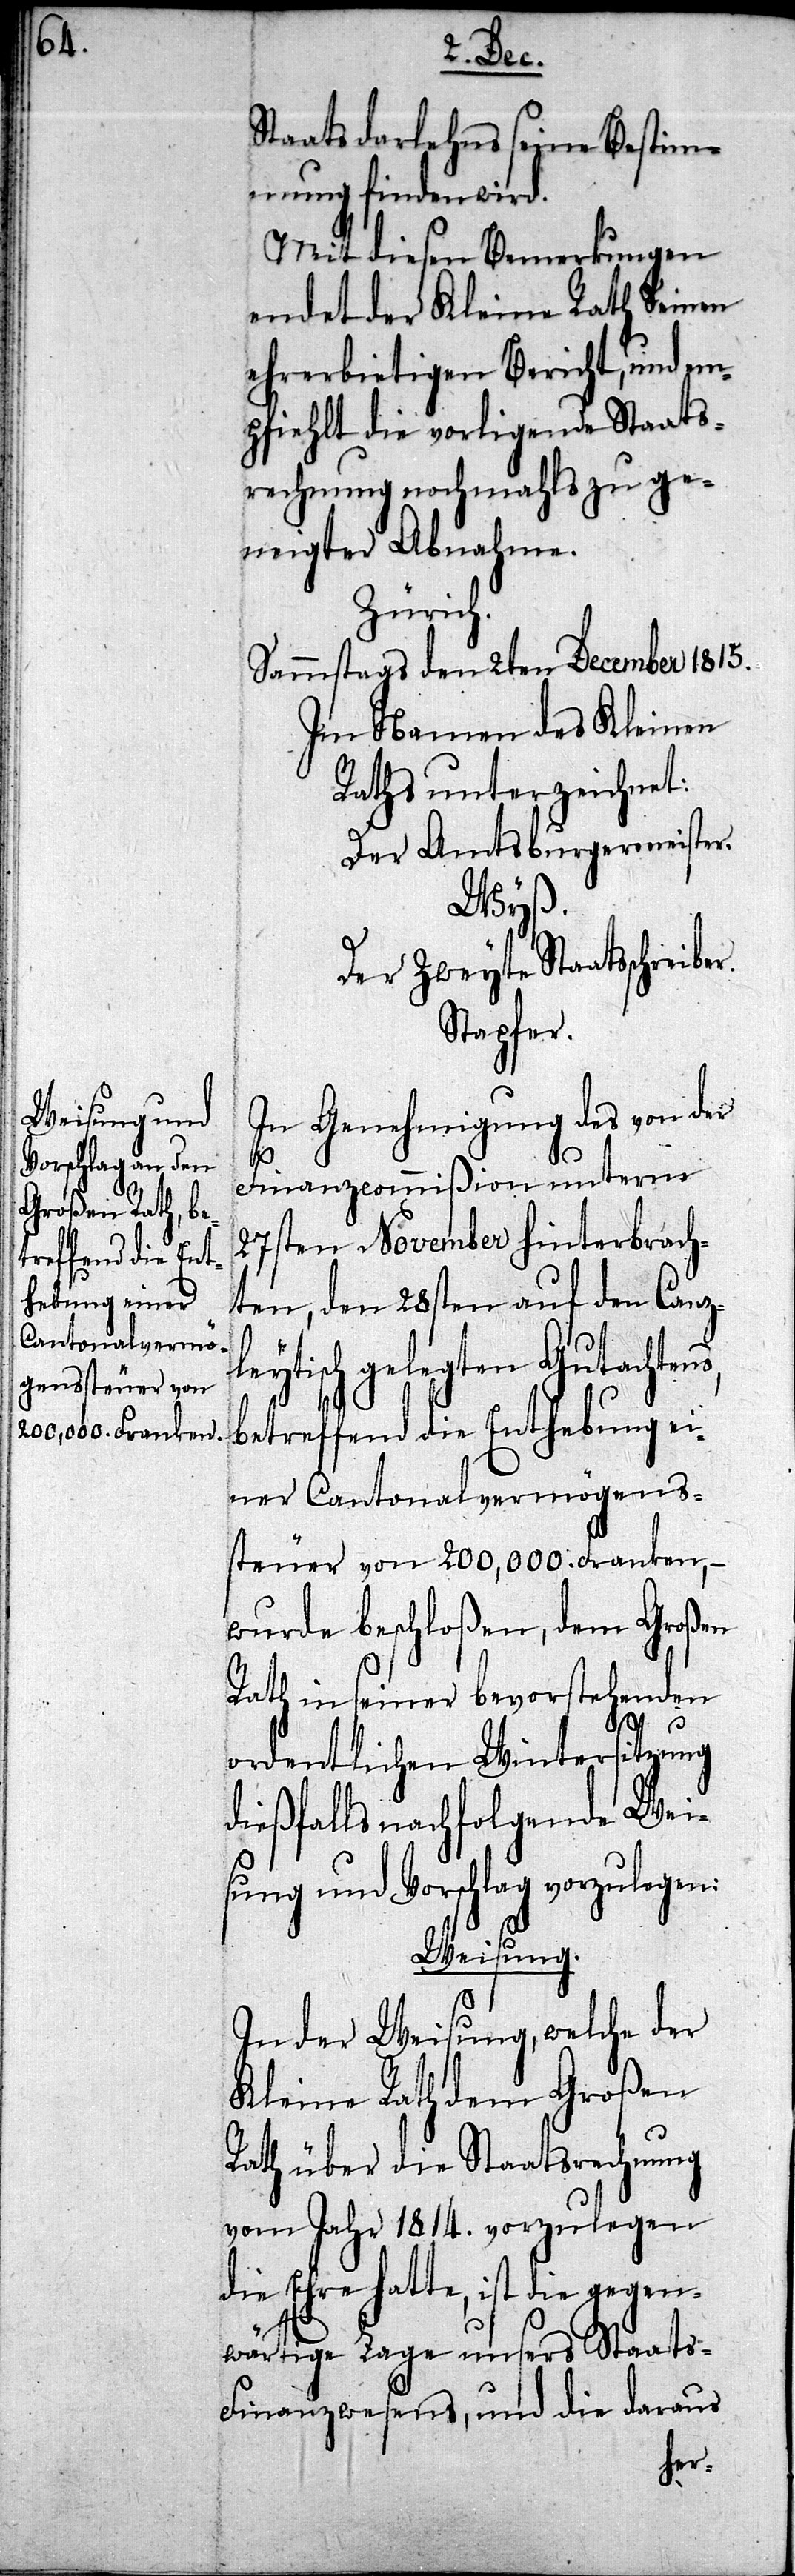
Staatsdarlehens seine Bestim¬
mung finden wird.
Mit diesen Bemerkungen
endet der Kleine Rath Seinen
ehrerbietigen Bericht, und em¬
pfiehlt die vorligende Staats¬
rechnung nochmahls zu ge¬
neigter Abnahme.
Zürich.
Sammstags den 2ten December 1815.
Im Namen des Kleinen
Raths unterzeichnet:
Der Amsburgermeister.
Wyß.
Der Zweyte Staatsschreibe¬
Stapfer.
In Genehmigung des von der
r.
Finanzcommißion unterm
27sten November hinterbrach¬
ten, den 28sten auf den Canz¬
leytisch gelegten Gutachtens,
betreffend die Enthebung ei¬
ner Cantonalvermögens¬
steuer von 200,000. Franken, –
wurde beschloßen, dem Großen
Rath in seiner bevorstehenden
ordentlichen Wintersitzung
dießfalls nachfolgende Wei¬
sung und Vorschlag vorzulegen:
Weisung.
In der Weisung, welche der
Kleine Rath dem Großen
Rath über die Staatsrechnung
vom Jahr 1814. vorzulegen
die Ehre hatte, ist die gegen¬
wärtige Lage unsers Staats-F¬
inanzwesens, und die daraus